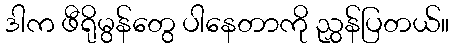
ဒါက ဖီရိုမွန်တွေ ပါနေတာကို ညွှန်ပြတယ်။